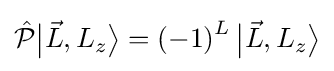
{\hat {\mathcal {P}}}{\bigl |}{\vec {L}},L_{z}{\bigr \rangle }=\left(-1\right)^{L}{\bigl |}{\vec {L}},L_{z}{\bigr \rangle }